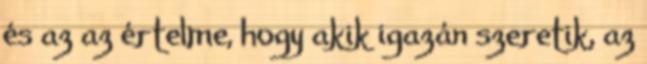
és az az értelme, hogy akik igazán szeretik, az